Medical and sanitary report of the native army of Bengal for the year
Year: 1875
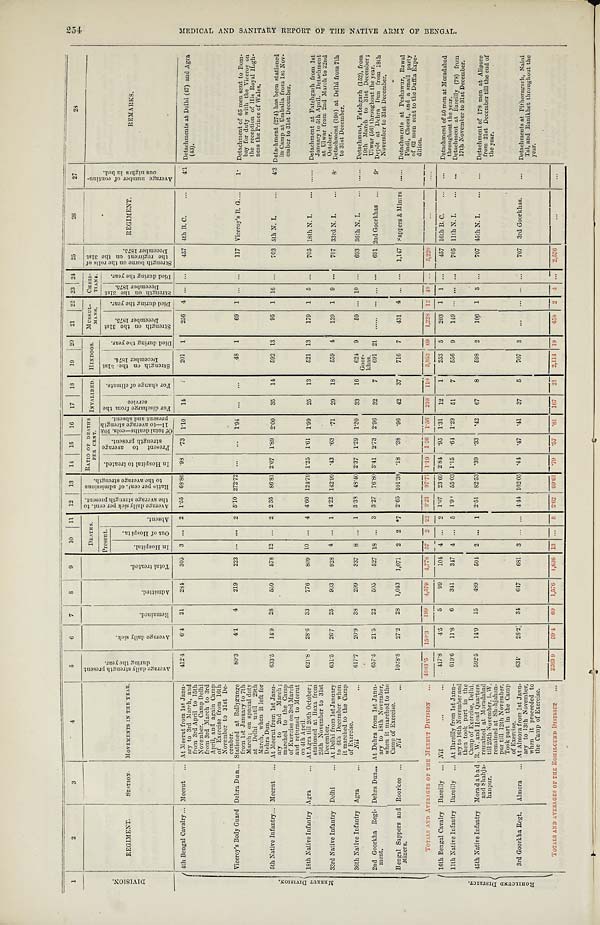
1
2
3
4
5
6
7
8
9
10
11 12
13
14
15
1 6
17
18
19
20
21
22 23 24
25
26
27
28
D I V I S I O N .
REGIMENT.
STATION.
MOVEMENTS IN THE YEAR.
A v e r a g e d a i l y s t r e n g t h p r e s e n t
d u r i n g t h e y e a r .
A v e r a g e d a i l y s i c k .
R e m a i n e d .
A d m i t t e d .
T o t a l t r e a t e d .
DEATHS.
Av e r a g e d a i l y s i c k p e r c e n t . t o
t h e a v e r a g e s t r e n g t h p r e s e n t . R a t i o p e r c e n t . o f a d m i s s i o n s
t o t h e a v e r a g e s t r e n g t h .
RATIO OF DEATHS
PER CENT.
INVALIDED. HINDOOS.
MUSSUL-
MANS.
CHRI S-
TIANS.
S t r e n g t h b o r n e o n t h e r o l l s o f
t h e r e g i m e n t o n t h e 3 1 s t
D e c e m b e r 1 8 7 5 .
REGIMENT.
A v e r a g e n u m b e r o f c o n t i n u -
o u s n i g h t s i n b e d .
REMARKS.
Present.
A b s e n t .
I n Ho s p i t a l t o t r e a t e d .
P r e s e n t t o a v e r a g e
s t r e n g t h p r e s e n t .
O f t o t a l d e a t h s — c o l s . 1 0 &
1 1 — t o a v e r a g e s t r e n g t h
p r e s e n t a n d a b s e n t .
F o r d i s c h a r g e f r o m t h e
s e r v i c e .
F o r c h a n g e o f c l i m a t e .
S t r e n g t h o n t h e 3 1 s t
D e c e m b e r 1 8 7 4 .
D i e d d u r i n g t h e y e a r .
S t r e n g t h o n t h e 3 1 s t
D e c e m b e r 1 8 7 5 .
D i e d d u r i n g t h e y e a r .
S t r e n g t h o n t h e 3 1 s t
De c e mbe r 1875.
D i e d d u r i n g t h e y e a r .
I n H o s p i t a l .
O u t o f H o s p i t a .
M E E R U T D I V I S I O N .
4th Bengal Cavalry ... Meerut ... At Meerut from 1st Janu-
ary to 3rd March, and
from 3rd April to 15th
November, Camp Delhi
from 3rd March to 3rd
April, and again Camp
of Exercise from 16th
November to 31st De-
cember.
412.4
6.4 21
284
305 3 ... 2 1.55 68.86 . 98 .73 1.10
14
201 1
256 4 ... ...
457 4th B. C.
...
4.1 Detachments at Delhi (47) and Agra
(43).
Viceroy's Body Guard Dehra Dun ... Stationed at Ballygunge
from 1st January to 7th
March; on special duty
at Delhi until 29th
March, when it left for
Dehra Dun.
80.3
4.1
4
219
223 ... ... 2 5.10 272.72
. . .
. . . 1.94 ...
...
48 1
69 1
...
. . .
117 Viceroy's B. G.
. . .
1. Detachment of 65 men sent to Bom-
bay for duty with the Viceroy on
the reception of His Royal High-
ness the Prince of Wales.
5th Native Infantry
. . .
Meerut ... At Meerut from 1st Janu-
ary to 2nd March ;
marched to the Camp
of Exercise on 3rd March
and returned to Meerut
on 4th April.
633.5
14.9 28
550
578 12
...
2 2.35 86.81 2.07 1.89 2.00
35
14
592 13
95 1 16 ...
703 5th N. I.
. . .
4.3 Detachment (274) has been stationed
in Camp at Umballa from 1st Nov-
ember to 31st December.
18th Native Infantry Agra
... At Agra till 20th October;
stationed at Baxa from
25th November to 31st
December.
621.8
28.6
33
776
809 10 ... 4 4.60 124.79 1.25 1.61 1.99
25
13
521 13
179 1 5
. . .
705 18th N. I.
... ...... Detachment at Fatehgarh from 1st
January to 5th April. Detachment
at Ulwar from 2nd March to 22nd
October.
33rd Native Infantry Delhi
. . . At Delhi from 1st January
to 6th December when
it marched to the Camp
of Exercise.
631.5
26.7 25
903
928 4 ... 1 4.22 142.99 . 43
. 6 3
.71
29
18
559
4 139 1 9
. . .
707 33rd N. I.
...
8 .
Detachment (190) at Delhi from 7th
to 31st December.
36th Native Infantry Agra
. . . Nil
...
617.7
20.9 38
299
3 3 7 8 ... 1 3.38 48.40 2.37 1.29 1.30
33
16
624
Goor-
khas.
9
59 ... 10
. . .
693 36th N. I.
... ...... Detachment, Fatehgarh (152), from
19th March to 31st December;
Ulwar (56) throughout the year.
2nd Goorkha Regi-
ment.
Dehra Dun . . . At Dehra from 1st Janu-
ary to 18th November,
when it marched to the
Camp of Exercise.
657.5
21.5
22
505
527 18 ... 3 3.27 76.80 3.41 2.73 2.96
32
7
691 21 ...... ... ...
. . .
691 2nd Goorkhas ...
9. Depôt at Dehra Dun from 18th
November to 31st December.
Bengal Sappers and
Miners.
Roorkee ...
Nil
...
1028.8
27.2 28 1,043 1,071 2 2 *7 2.65 101.38
. 18 .38 .96
42
37
716 7
431 4 ...
. . . 1,147
S a p p e r s & M i n e r s
. . . . . . . Detachments at Peshawur, Rawal
Pindi, Cherat, and a small party
of 62 men sent to the Duffla Expe-
dition.
TOTALS AND AVERAGES OF THE MEERUT DIVISION
. . . 4683.5 150.3 199 4,579
4 , 7 7 8 57 2
2 2 3.21 97.77 1.19 1.26 1.56 210 110 3,952
6 9 1,228 12
4 0
. . .
5 , 2 2 0
. . . ......
R O H I L C U N D D I S T R I C T . 16th Bengal Cavalry Bareilly ... N i l
...
...
417.8
4.5
5
99
104 4 ... 2 1.07 23.69 2.84 .95 1.31
12
1
253 5
203
1 1 ...
457 16th B. C.
. . .
. . . Detachment of 50 men at Moradabad
throughout the year.
11th Native Infantry Bareilly ... At Bareilly from 1st Janu-
ary to 16th November and
then took part in the
Camp of Exercise, Delhi.
619.6
11.8
6
341
347 4 ... 5 1.90 55.03 1.15 .64 1.29
51
7
556 9
149 ... ... ...
705 11th N. I.
. . .
. . . Detachment at Bareilly (78) from
17th November to 31st December.
45th Native Infantry Moradabad
and Shahja-
hanpur.
R. W. and Head Quarters
remained at Moradabad
till 25th November. L. W.
remained at Shahjahan-
pur till 12th November.
Took part in the Camp
of Exercise.
592.5
14.9
15
489
504 2 ...
1
2.51 82.53 . 39 .33 .42
67
8
598 2
l06 1 3 ...
707 45th N. I.
...
. . . Detachment of 178 men at Alipore
from 21st December till the end of
the year.
3rd Goorkha Regt. Al mora
... At Almora from 1st Janu-
ary to 13th November,
when it proceeded to
the Camp of Exercise.
634.
28.2
34
647
681 3 ... ... 4.44 102.05
. 44 .47 .41
37
5
707 3
...
...
...
. . .
707 3rd Goorkhas.
. . . Detachments at Pithoragarh, Naini
Tal, and Ranikhet throughout the
year.
TOTALS AND AVERAGES OF THE ROHILCUND DISTRICT
...
2263.9
59.4 60 1,576 1,636 13 ...
8 2.62 69.61
. 79 .57 .81 167
21
2,114 19
458 2 4 ... 2,576 ...
...
254
M E D I C A L A N D S A N I T A R Y R E P O R T O F T H E N A T I V E A R M Y O F B E N G A L .